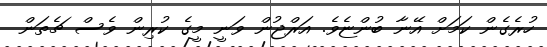
ހުރެގެން ކަމަށް އޭނާ ބުންޏެވެ. އަރްޖުން ވަނީ މީގެ ކުރިން ވެސް ޗެތަން